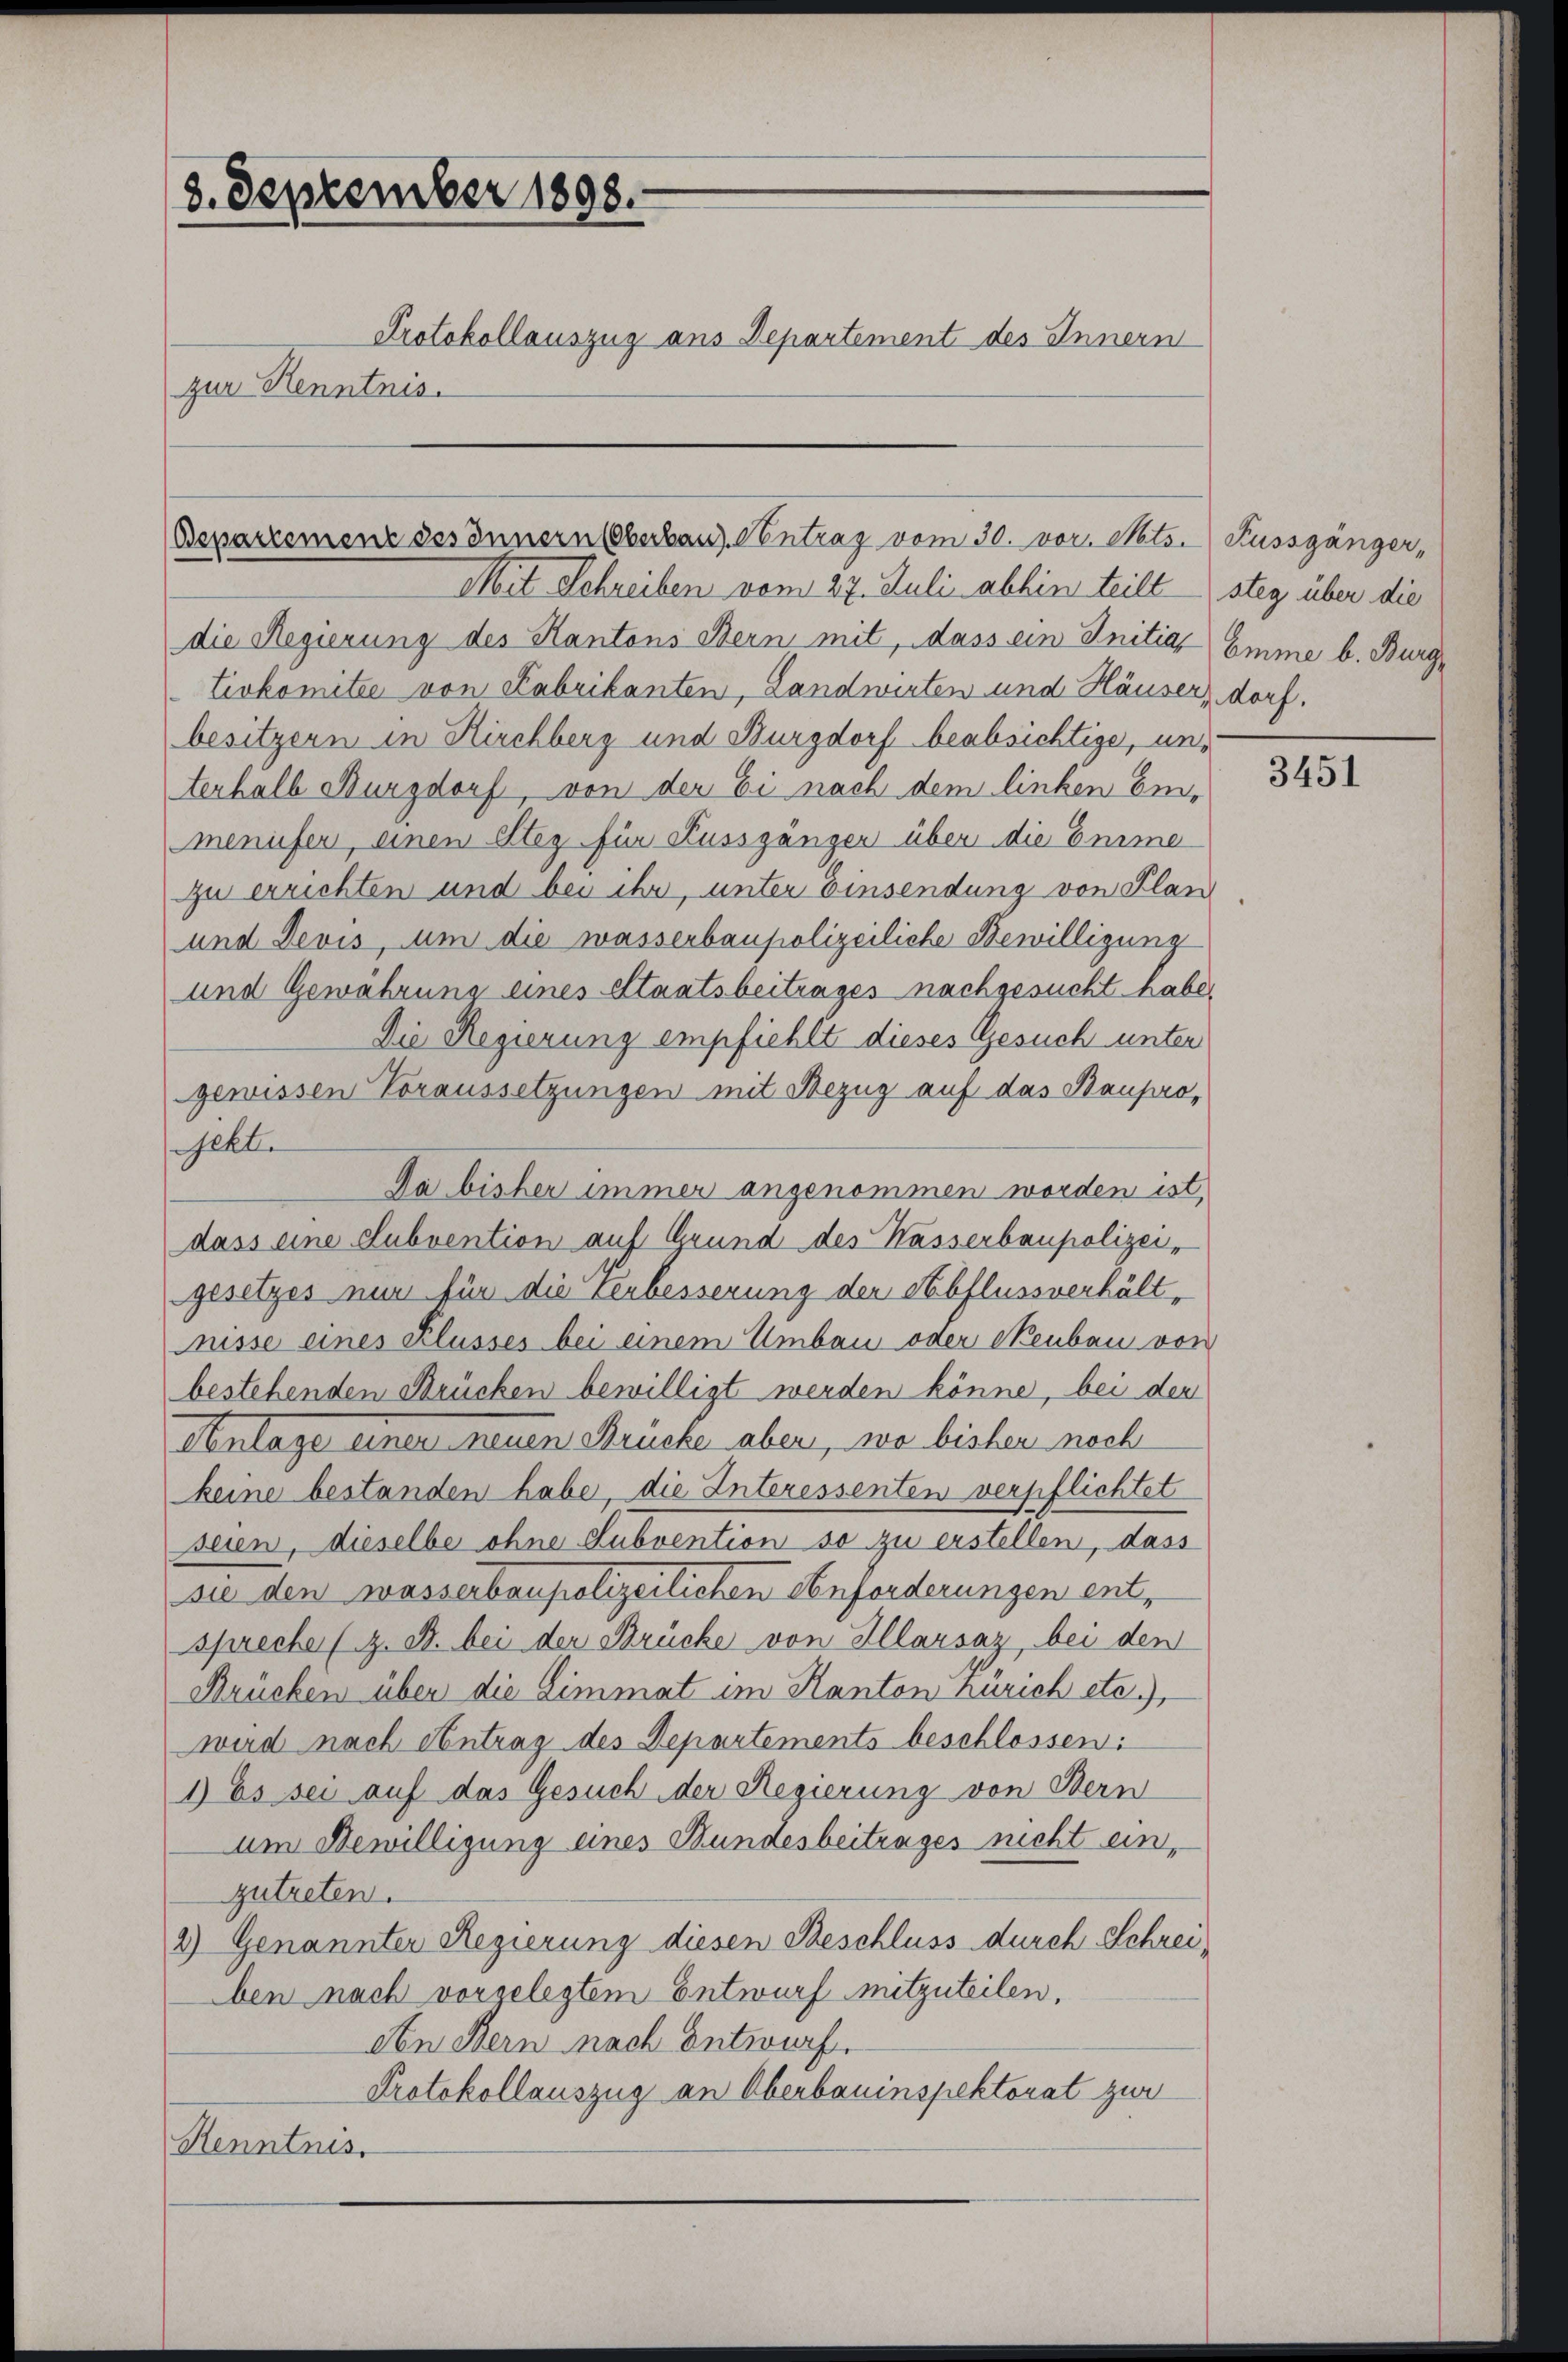
8. September 1898.
Protokollauszug aus Departement des Innern
zur Kenntnis.

Bepartemenz des Innern Oberbaus Antrag vom 30. vor. Mts. Kussgänger,

Mit Schreiben vom 27. Juli abhin teilt steg über die
die Regierung des Kantons Bern mit, dass ein Initias Emme b. Burgtivkomitee von Fabrikanten, Landwirten und Häuser, dorf.
besitzern in Kirchberg und Burgdorf beabsichtige, unterhalb Burgdorf, von der Ei nach dem linken Emmenufer, einen Steg für Kussgänger über die Emme
zu errichten und bei ihr, unter Einsendung von Plan
und Devis, um die wasserbaupolizeiliche Bewilligung
und Gewährung eines Staatsbeitrages nachgesucht habe,
Die Regierung empfiehlt dieses Gesuch unter
gewissen Voraussetzungen mit Bezug auf das Baupro-
Da bisher immer angenommen worden ist,
dass eine Subvention auf Grund des Wasserbaupolizei-
gesetzes nun für die Verbesserung der Abflussverhält,
nisse eines Klusses bei einem Umbau oder Neubau von
bestehenden Brücken bewilligt werden könne, bei der
Anlage einer neuen Strücke aber, wo bisher noch
keine bestanden habe, die Interessenten verpflichtet
seien, dieselbe ohne Subvention so zu erstellen, dass
sie den wasserbaupolizeilichen Anforderungen entsprecher (z. B. bei der Brücke von Illarsaz, bei den
Brücken über die Limmat im Kanton Zürich etc.),
wird nach Antrag des Departements beschlossen:
1) Es sei auf das Gesuch der Regierung von Bern
um Bewilligung eines Bundesbeitrages nicht einzutreten.
2) Genannter Regierung diesen Beschluss durch Schreiben nach vorgelegtem Entwurf mitzuteilen,
An Bern nach Entwurf.
Protokollauszug an Oberbauinspektorat zur
Kenntnis.

jekte

3451